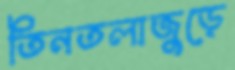
তিনতলাজুড়ে